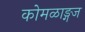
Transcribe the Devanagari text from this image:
कोमळाङ्गज